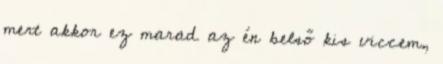
mert akkor ez marad az én belső kis viccem,